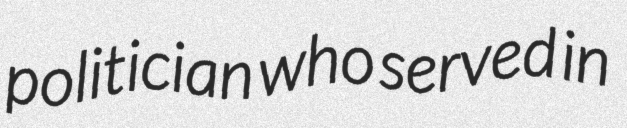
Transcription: politician who served in